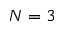
N = 3